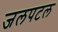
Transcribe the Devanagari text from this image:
जलपटल